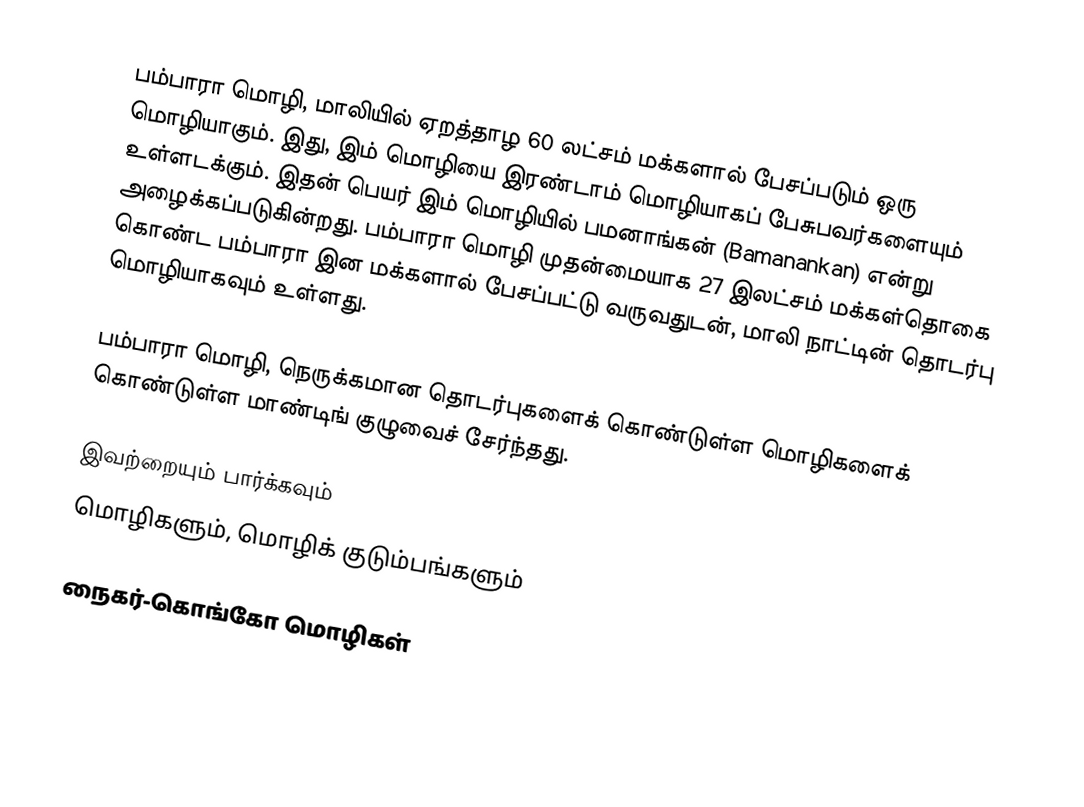
பம்பாரா மொழி, மாலியில் ஏறத்தாழ 60 லட்சம் மக்களால் பேசப்படும் ஒரு மொழியாகும். இது, இம் மொழியை இரண்டாம் மொழியாகப் பேசுபவர்களையும் உள்ளடக்கும். இதன் பெயர் இம் மொழியில் பமனாங்கன் (Bamanankan) என்று அழைக்கப்படுகின்றது. பம்பாரா மொழி முதன்மையாக 27 இலட்சம் மக்கள்தொகை கொண்ட பம்பாரா இன மக்களால் பேசப்பட்டு வருவதுடன், மாலி நாட்டின் தொடர்பு மொழியாகவும் உள்ளது.

பம்பாரா மொழி, நெருக்கமான தொடர்புகளைக் கொண்டுள்ள மொழிகளைக் கொண்டுள்ள மாண்டிங் குழுவைச் சேர்ந்தது.

இவற்றையும் பார்க்கவும்
 மொழிகளும், மொழிக் குடும்பங்களும்

நைகர்-கொங்கோ மொழிகள்